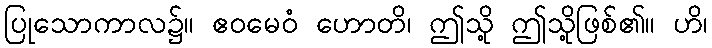
ပြုသောကာလ၌။ ဧဝမေဝံ ဟောတိ၊ ဤသို့ ဤသို့ဖြစ်၏။ ဟိ၊